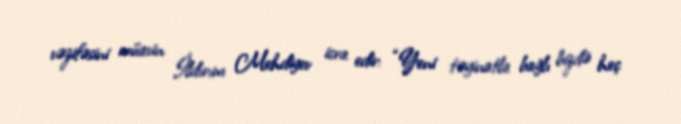
vəzifəsini müavin İldırım Mehdiyev icra edir: “Yeni təyinatla bağlı bizdə heç